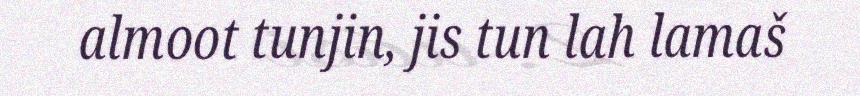
almoot tunjin, jis tun lah lamaš